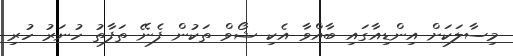
މިސާލަކަށް އިންޑިއާގައި ބާއްވާ އެކި ޝޯވް ތަކުން ފެނޭ ތަފާތު ހުނަރު ހުރި